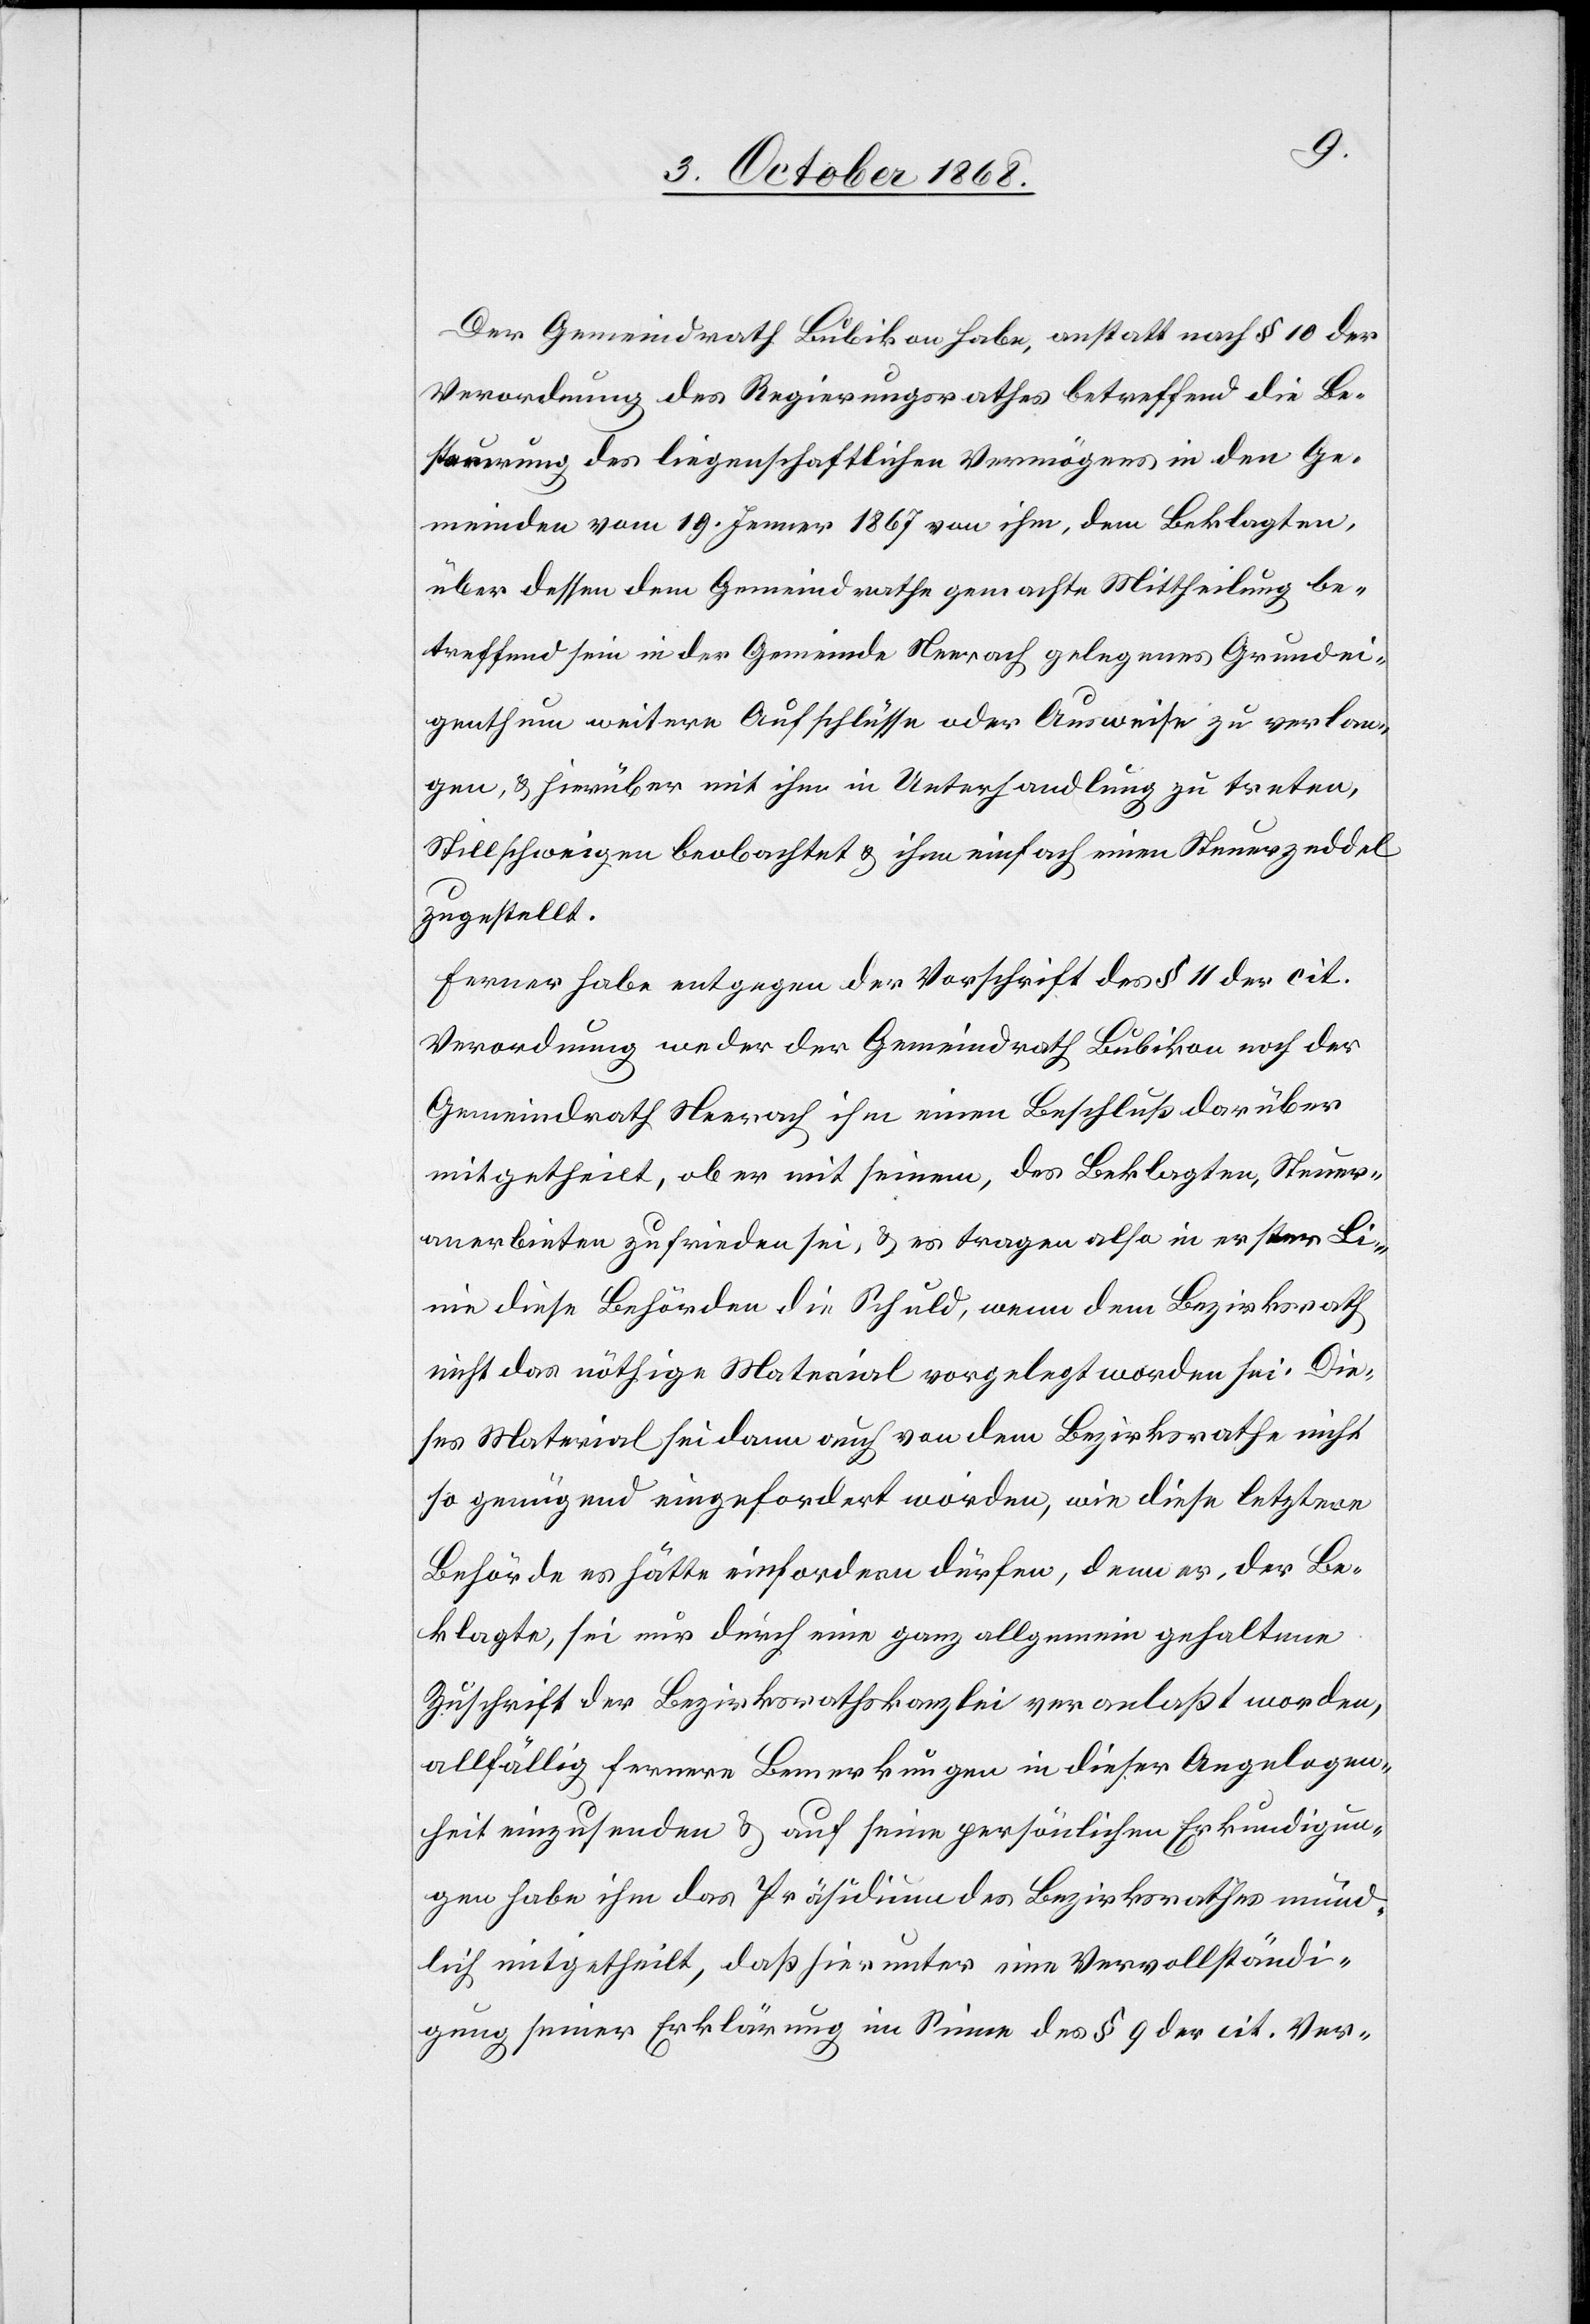
Der Gemeindrath Bubikon habe, anstatt nach § 10 der
Verordnung des Regierungsrathes betreffend die Be¬
steuerung des liegenschaftlichen Vermögens in den Ge¬
meinden vom 19. Jenner 1867 von ihm, dem Beklagten,
über dessen dem Gemeindrathe gemachte Mittheilung be¬
treffend sein in der Gemeinde Neerach gelegenes Grundei¬
genthum weitere Aufschlüsse oder Ausweise zu verlan¬
gen, & hierüber mit ihm in Unterhandlung zu treten,
Stillschweigen beobachtet & ihm einfach einen Steuerzeddel
zugestellt.
Ferner habe entgegen der Vorschrift des § 11 der cit.
Verordnung weder der Gemeindrath Bubikon noch der
Gemeindrath Neerach ihm einen Beschluß darüber
mitgetheilt, ob er mit seinem, des Beklagten, Steuer¬
anerbieten zufrieden sei, & es tragen also in erster Li¬
nie diese Behörden die Schuld, wenn dem Bezirksrath
nicht das nöthige Material vorgelegt worden sei. Die¬
ses Material sei dann auch von dem Bezirksrathe nicht
so genügend eingefordert worden, wie diese letztere
Behörde es hätte einfordern dürfen, denn er, der Be¬
klagte, sei nur durch eine ganz allgemein gehaltene
Zuschrift der Bezirksrathskanzlei veranlaßt worden,
allfällig fernere Bemerkungen in dieser Angelegen¬
heit einzusenden & auf seine persönlichen Erkundigun¬
gen habe ihm das Präsidium des Bezirksrathes münd¬
lich mitgetheilt, daß hierunter eine Vervollständi¬
gung seiner Erklärung im Sinne des § 9 der cit. Ver-